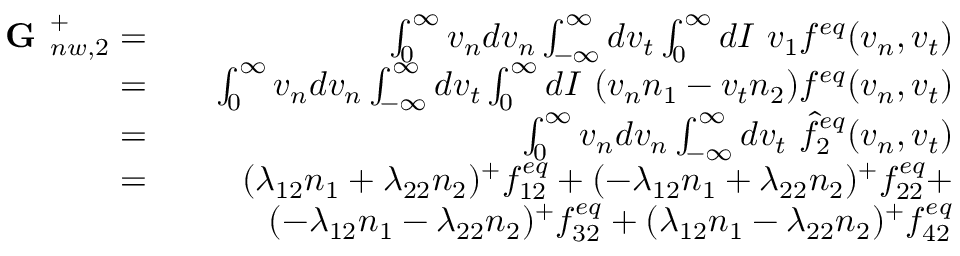
\begin{array} { r l r } { \textbf { G } _ { n w , 2 } ^ { + } = } & { } & { \int _ { 0 } ^ { \infty } v _ { n } d v _ { n } \int _ { - \infty } ^ { \infty } d v _ { t } \int _ { 0 } ^ { \infty } d I \ v _ { 1 } f ^ { e q } ( v _ { n } , v _ { t } ) } \\ { = } & { } & { \int _ { 0 } ^ { \infty } v _ { n } d v _ { n } \int _ { - \infty } ^ { \infty } d v _ { t } \int _ { 0 } ^ { \infty } d I \ ( v _ { n } n _ { 1 } - v _ { t } n _ { 2 } ) f ^ { e q } ( v _ { n } , v _ { t } ) } \\ { = } & { } & { \int _ { 0 } ^ { \infty } v _ { n } d v _ { n } \int _ { - \infty } ^ { \infty } d v _ { t } \ \hat { f } _ { 2 } ^ { e q } ( v _ { n } , v _ { t } ) } \\ { = } & { } & { ( \lambda _ { 1 2 } n _ { 1 } + \lambda _ { 2 2 } n _ { 2 } ) ^ { + } f _ { 1 2 } ^ { e q } + ( - \lambda _ { 1 2 } n _ { 1 } + \lambda _ { 2 2 } n _ { 2 } ) ^ { + } f _ { 2 2 } ^ { e q } + } \\ & { } & { ( - \lambda _ { 1 2 } n _ { 1 } - \lambda _ { 2 2 } n _ { 2 } ) ^ { + } f _ { 3 2 } ^ { e q } + ( \lambda _ { 1 2 } n _ { 1 } - \lambda _ { 2 2 } n _ { 2 } ) ^ { + } f _ { 4 2 } ^ { e q } } \end{array}